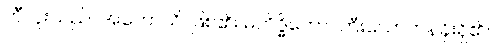
ဘီလူးသည်။ အဟောသိ၊ ဖြစ်၏။ မဟိဒ္ဓိကော၊ ကြီးသောတန်ခိုးရှိ၏။